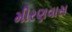
મીરણવાસ